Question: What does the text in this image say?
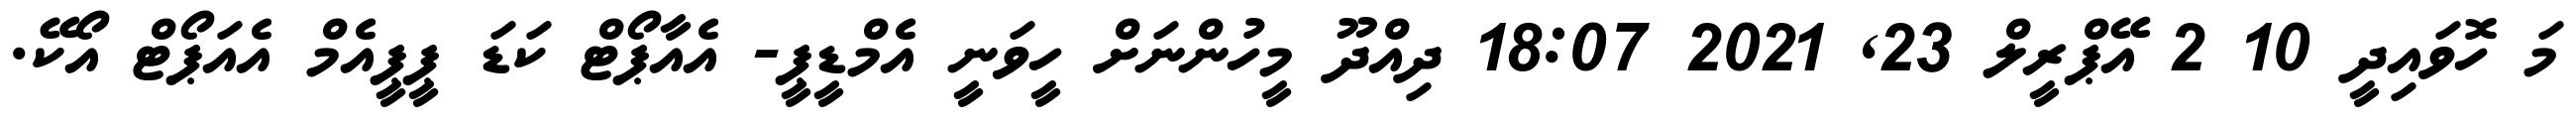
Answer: މަ ހޮވައިދީ 10 2 އޭޕްރީލް 23, 2021 18:07 ދިއްދޫ މީހުންނަށް ހީވަނީ އެމްޑީޕީ- އެއާޕޯޓް ކަޑަ ޕީޕީއެމް އެއަޕޯޓް އޯކޭ.